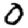
Digit: 0